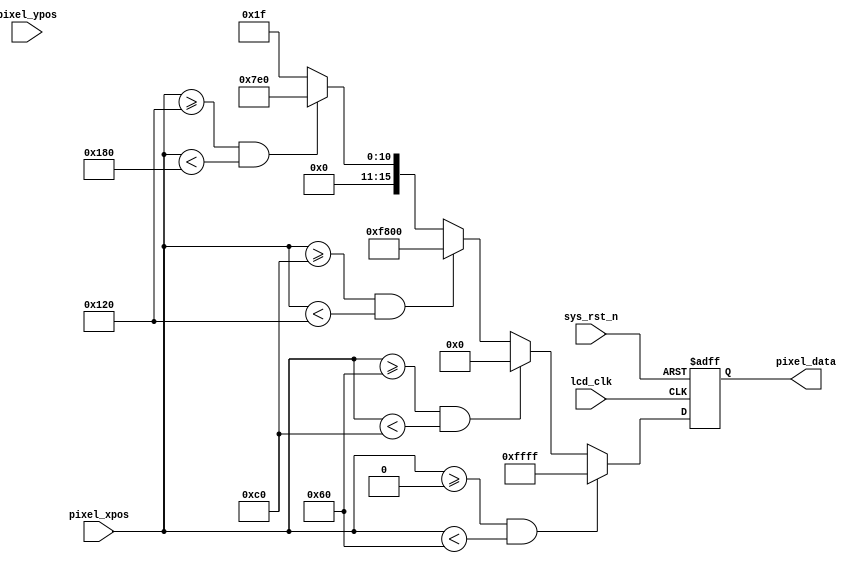
module lcd_display(
    input               lcd_clk,                    //lcd
    input               sys_rst_n,                  //

    input       [10:0]  pixel_xpos,                 //
    input       [10:0]  pixel_ypos,                 //
    output  reg [15:0]  pixel_data                  //
);

parameter   H_DISP  = 11'd480;                      //
parameter   V_DISP  = 11'd272;                      //
localparam  WHITE   = 16'b11111_111111_11111;       //RGB565 
localparam  BLACK   = 16'b00000_000000_00000;       //RGB565 
localparam  RED     = 16'b11111_000000_00000;       //RGB565 
localparam  GREEN   = 16'b00000_111111_00000;       //RGB565 
localparam  BLUE    = 16'b00000_000000_11111;       //RGB565 

always @(posedge lcd_clk or negedge sys_rst_n) begin
    if(!sys_rst_n)
        pixel_data <= 16'd0;
    else begin
        if((pixel_xpos>=0)&&(pixel_xpos<(H_DISP/5)*1))
            pixel_data <= WHITE;
        else if((pixel_xpos>=(H_DISP/5)*1)&&(pixel_xpos<(H_DISP/5)*2))
            pixel_data <= BLACK;
        else if((pixel_xpos>=(H_DISP/5)*2)&&(pixel_xpos<(H_DISP/5)*3))
            pixel_data <= RED;
        else if((pixel_xpos>=(H_DISP/5)*3)&&(pixel_xpos<(H_DISP/5)*4))
            pixel_data <= GREEN;
        else
            pixel_data <= BLUE;
    end
end

endmodule